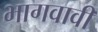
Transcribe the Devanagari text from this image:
भागवावी